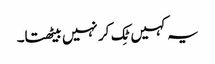
یہ کہیں ٹِک کر نہیں بیٹھتا۔